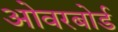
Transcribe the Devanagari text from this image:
ओवरबोर्ड